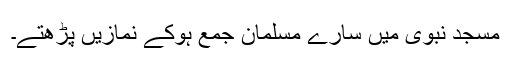
مسجد نبوی میں سارے مسلمان جمع ہوکے نمازیں پڑھتے۔